Calcutta medical institutions reports 1879-81 [i.e.91]
Year: 1879
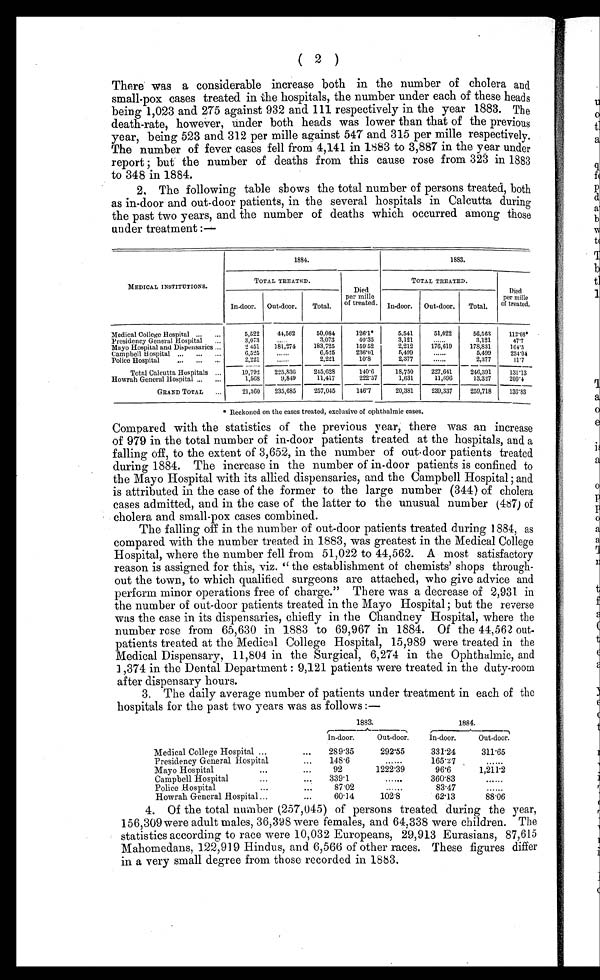
( 2 )
There was a considerable increase both in the number of cholera and
small-pox cases treated in the hospitals, the number under each of these heads
being 1,023 and 275 against 932 and 111 respectively in the year 1883. The
death-rate, however, under both heads was lower than that of the previous
year, being 523 and 312 per mille against 547 and 315 per mille respectively.
The number of fever cases fell from 4,141 in 1883 to 3,887 in the year under
r e p o r t ; b u t t h e n u m b e r o f d e a t h s f r o m t h i s c a u s e r o s e f r o m 3 2 3 i n 1 8 8 3
to 348 in 1884.
2. The following table shows the total number of persons treated, both
as in-door and out-door patients, in the several hospitals in Calcutta during
the past two years, and the number of deaths which occurred among those
under treatment:—
MEDICAL INSTITUTIONS.
1884.
1883.
TOTAL TREATED.
Died
per mille
of treated.
TOTAL TREATED.
Died
per mille
of treated.
In-door. Out-door.
Total.
In-door. Out-door. Total.
Medical College Hospital ... ...
5,522
44,562
50,084
126.1*
5,541
51,022
56,563
112.08*
Presidency General Hospital
...
3,073
.....
3,073
40.35
3,121
. . . . .
3,121
47.7
Mayo Hospital and Dispensaries ...
2.451 181,274
183,725
159.52
2,212
176,619
178,831
164.5
Campbell Hospital ... ... ...
6,525
......
6,525
236.01
5,499
......
5,499
234.04
Police Hospital
... ... ...
2,221
......
2,221
1 0 . 8
2,377
......
2,377
11.7
Total Calcutta Hospitals ...
19,792 225,836
245,628
140.6
18,750
227,641
246,391
131.13
Howrah General hospital ... . . .
1,568
9,849
11,417
222.57
1,631
11,696
13,327
200.4
GRAND TOTAL ...
21,360 235,685
257,045
146.7
20,381
239,337
259,718
136.83
* Reckoned on the cases treated, exclusive of ophthalmic cases.
Compared with the statistics of the previous year, there was an increase
of 979 in the total number of in-door patients treated at the hospitals, and a
falling off, to the extent of 3,652, in the number of out-door patients treated
during 1884. The increase in the number of in-door patients is confined to
the Mayo Hospital with its allied dispensaries, and the Campbell Hospital; and
is attributed in the case of the former to the large number (344) of cholera
cases admitted, and in the case of the latter to the unusual number (487) of
cholera and small-pox cases combined.
The falling off in the number of out-door patients treated during 1884, as
compared with the number treated in 1883, was greatest in the Medical College
Hospital, where the number fell from 51,022 to 44,562. A most satisfactory
reason is assigned for this, viz. "the establishment of chemists' shops through-
out the town, to which qualified surgeons are attached, who give advice and
perform minor operations free of charge." There was a decrease of 2,931 in
the number of out-door patients treated in the Mayo Hospital; but the reverse
was the case in its dispensaries, chiefly in the Chandney Hospital, where the
number rose from 65,630 in 1883 to 69,967 in 1884. Of the 44,562 out-
patients treated at the Medical College Hospital, 15,989 were treated in the
Medical Dispensary, 11,804 in the Surgical, 6,274 in the Ophthalmic, and
1,374 in the Dental Department: 9,121 patients were treated in the duty-room
after dispensary hours.
3. The daily average number of patients under treatment in each of the
hospitals for the past two years was as follows:—
1883.
1884.
In-door.
O u t - d o o r .
In-door.
Out-door.
Medical College Hospital ...
...
289.35
292.55
331.24
311.65
Presidency General Hospital
...
1 4 8 . 6
......
165.27
......
Mayo Hospital
...
92
1222.39
96.6
1,211.2
Campbell Hospital...
339
..
360.83
......
Police Hospital
•..
...
87.02
......
83.47
......
Howrah General Hospital...
...
60.14
102.8
62.13
88.06
4. Of the total number (257,045) of persons treated during the year,
156,309were adult males, 36,398 were females, and 64,338 were children. The
statistics according to race were 10,032 Europeans, 29,913 Eurasians, 87,615
Mahomedans, 122,919 Hindus, and 6,566 of other races. These figures differ
in a very small degree from those recorded in 1883.